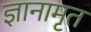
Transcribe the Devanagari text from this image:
ज्ञानामृत